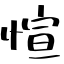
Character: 愃